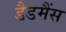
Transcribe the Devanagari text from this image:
डैडमैंस